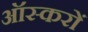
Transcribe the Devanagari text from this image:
ऑस्करों